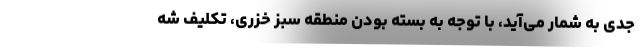
جدی به شمار می‌آید، با توجه به بسته بودن منطقه سبز خزری، تکلیف شه